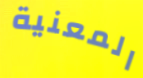
المعنية